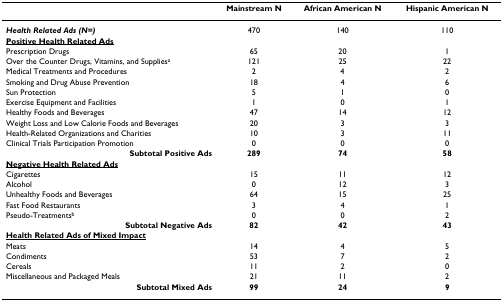
<table><thead><tr><td></td><td><b>Mainstream N</b></td><td><b>African American N</b></td><td><b>Hispanic American N</b></td></tr></thead><tbody><tr><td><b><i>Health Related Ads (N=)</i></b></td><td>470</td><td>140</td><td>110</td></tr><tr><td><b><underline>Positive Health Related Ads</underline></b></td><td></td><td></td><td></td></tr><tr><td>Prescription Drugs</td><td>65</td><td>20</td><td>1</td></tr><tr><td>Over the Counter Drugs, Vitamins, and Supplies<sup>a</sup></td><td>121</td><td>25</td><td>22</td></tr><tr><td>Medical Treatments and Procedures</td><td>2</td><td>4</td><td>2</td></tr><tr><td>Smoking and Drug Abuse Prevention</td><td>18</td><td>4</td><td>6</td></tr><tr><td>Sun Protection</td><td>5</td><td>1</td><td>0</td></tr><tr><td>Exercise Equipment and Facilities</td><td>1</td><td>0</td><td>1</td></tr><tr><td>Healthy Foods and Beverages</td><td>47</td><td>14</td><td>12</td></tr><tr><td>Weight Loss and Low Calorie Foods and Beverages</td><td>20</td><td>3</td><td>3</td></tr><tr><td>Health-Related Organizations and Charities</td><td>10</td><td>3</td><td>11</td></tr><tr><td>Clinical Trials Participation Promotion</td><td>0</td><td>0</td><td>0</td></tr><tr><td><b>Subtotal Positive Ads</b></td><td><b>289</b></td><td><b>74</b></td><td><b>58</b></td></tr><tr><td><b><underline>Negative Health Related Ads</underline></b></td><td></td><td></td><td></td></tr><tr><td>Cigarettes</td><td>15</td><td>11</td><td>12</td></tr><tr><td>Alcohol</td><td>0</td><td>12</td><td>3</td></tr><tr><td>Unhealthy Foods and Beverages</td><td>64</td><td>15</td><td>25</td></tr><tr><td>Fast Food Restaurants</td><td>3</td><td>4</td><td>1</td></tr><tr><td>Pseudo-Treatments<sup>b</sup></td><td>0</td><td>0</td><td>2</td></tr><tr><td><b>Subtotal Negative Ads</b></td><td><b>82</b></td><td><b>42</b></td><td><b>43</b></td></tr><tr><td><b><underline>Health Related Ads of Mixed Impact</underline></b></td><td></td><td></td><td></td></tr><tr><td>Meats</td><td>14</td><td>4</td><td>5</td></tr><tr><td>Condiments</td><td>53</td><td>7</td><td>2</td></tr><tr><td>Cereals</td><td>11</td><td>2</td><td>0</td></tr><tr><td>Miscellaneous and Packaged Meals</td><td>21</td><td>11</td><td>2</td></tr><tr><td><b>Subtotal Mixed Ads</b></td><td><b>99</b></td><td><b>24</b></td><td><b>9</b></td></tr></tbody></table>